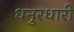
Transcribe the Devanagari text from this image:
धनुरधारी